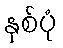
နှစ်ပုံ